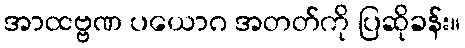
အာထဗ္ဗဏ ပယောဂ အတတ်ကို ပြဆိုခန်း။